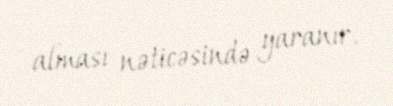
alması nəticəsində yaranır.